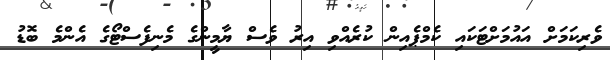
ވެރިކަމަށް އައުމަށްޓަކައި ކެމްޕެއިން ކުރެއްވި އިރު ވެސް ޔާމީންގެ މެނިފެސްޓޯގެ އެންމެ ބޮޑު